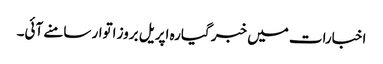
اخبارات میں خبر گیارہ اپریل بروز اتوار سامنے آئی۔